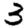
Digit: 3